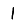
Digit: 1